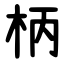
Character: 柄